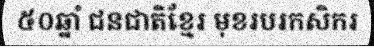
៥០ឆ្នាំ ជនជាតិខ្មែរ មុខរបរកសិករ